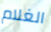
الغلام